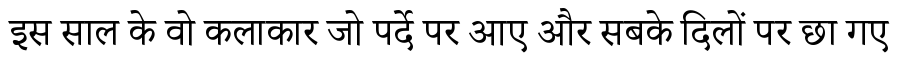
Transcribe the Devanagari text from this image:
इस साल के वो कलाकार जो पर्दे पर आए और सबके दिलों पर छा गए